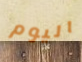
اليوم